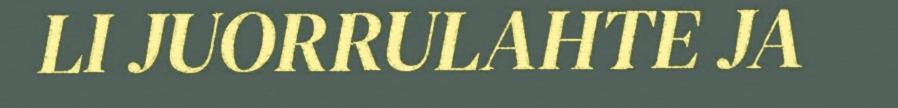
LI JUORRULAHTE JA